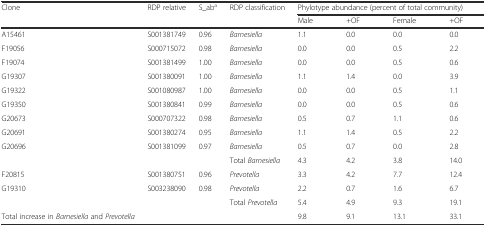
<table><thead><tr><td><b>Clone</b></td><td><b>RDP relative</b></td><td><b>S_ab<sup>a</sup></b></td><td><b>RDP classification</b></td><td colspan="4"><b>Phylotype abundance (percent of total community)</b></td></tr><tr><td></td><td></td><td></td><td></td><td><b>Male</b></td><td><b>+OF</b></td><td><b>Female</b></td><td><b>+OF</b></td></tr></thead><tbody><tr><td>A15461</td><td>S001381749</td><td>0.96</td><td><i>Barnesiella</i></td><td>1.1</td><td>0.0</td><td>0.0</td><td>0.0</td></tr><tr><td>F19056</td><td>S000715072</td><td>0.98</td><td><i>Barnesiella</i></td><td>0.0</td><td>0.0</td><td>0.5</td><td>2.2</td></tr><tr><td>F19074</td><td>S001381499</td><td>1.00</td><td><i>Barnesiella</i></td><td>0.0</td><td>0.0</td><td>0.5</td><td>0.6</td></tr><tr><td>G19307</td><td>S001380091</td><td>1.00</td><td><i>Barnesiella</i></td><td>1.1</td><td>1.4</td><td>0.0</td><td>3.9</td></tr><tr><td>G19322</td><td>S001080987</td><td>1.00</td><td><i>Barnesiella</i></td><td>0.0</td><td>0.0</td><td>0.5</td><td>1.1</td></tr><tr><td>G19350</td><td>S001380841</td><td>0.99</td><td><i>Barnesiella</i></td><td>0.0</td><td>0.0</td><td>0.5</td><td>0.6</td></tr><tr><td>G20673</td><td>S000707322</td><td>0.98</td><td><i>Barnesiella</i></td><td>0.5</td><td>0.7</td><td>1.1</td><td>0.6</td></tr><tr><td>G20691</td><td>S001380274</td><td>0.95</td><td><i>Barnesiella</i></td><td>1.1</td><td>1.4</td><td>0.5</td><td>2.2</td></tr><tr><td>G20696</td><td>S001381099</td><td>0.97</td><td><i>Barnesiella</i></td><td>0.5</td><td>0.7</td><td>0.0</td><td>2.8</td></tr><tr><td></td><td></td><td></td><td>Total <i>Barnesiella</i></td><td>4.3</td><td>4.2</td><td>3.8</td><td>14.0</td></tr><tr><td>F20815</td><td>S001380751</td><td>0.96</td><td><i>Prevotella</i></td><td>3.3</td><td>4.2</td><td>7.7</td><td>12.4</td></tr><tr><td>G19310</td><td>S003238090</td><td>0.98</td><td><i>Prevotella</i></td><td>2.2</td><td>0.7</td><td>1.6</td><td>6.7</td></tr><tr><td></td><td></td><td></td><td>Total <i>Prevotella</i></td><td>5.4</td><td>4.9</td><td>9.3</td><td>19.1</td></tr><tr><td>Total increase in <i>Barnesiella</i> and <i>Prevotella</i></td><td></td><td></td><td></td><td>9.8</td><td>9.1</td><td>13.1</td><td>33.1</td></tr></tbody></table>